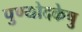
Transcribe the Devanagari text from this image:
पुण्योदकेषु